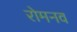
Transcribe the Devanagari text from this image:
रोमनव